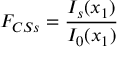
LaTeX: F _ { C S s } = \frac { I _ { s } ( x _ { 1 } ) } { I _ { 0 } ( x _ { 1 } ) }